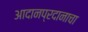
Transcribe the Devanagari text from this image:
आदानप्रदानाचा